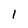
Character: l